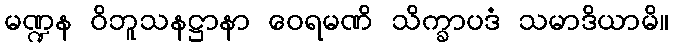
မဏ္ဍန ဝိဘူသနဋ္ဌာနာ ဝေရမဏိ သိက္ခာပဒံ သမာဒိယာမိ။